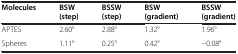
<table><thead><tr><td><b>Molecules</b></td><td><b>BSW (step)</b></td><td><b>BSSW (step)</b></td><td><b>BSW (gradient)</b></td><td><b>BSSW (gradient)</b></td></tr></thead><tbody><tr><td>APTES</td><td>2.60°</td><td>2.88°</td><td>1.32°</td><td>1.96°</td></tr><tr><td>Spheres</td><td>1.11°</td><td>0.25°</td><td>0.42°</td><td>−0.08°</td></tr></tbody></table>